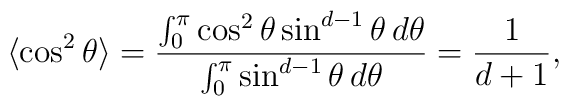
\langle\cos^2\theta\rangle={\int_0^\pi\cos^2\theta\sin^{d-1}\theta\,d\theta\over\int_0^\pi\sin^{d-1}\theta\,d\theta}={1\over d+1},